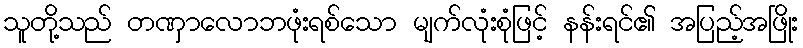
သူတို့သည် တဏှာလောဘဖုံးရစ်သော မျက်လုံးစုံဖြင့် နန်းရင်၏ အပြည့်အဖြိုး